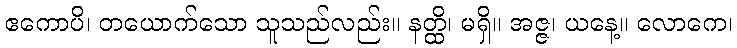
ဧကောပိ၊ တယောက်သော သူသည်လည်း။ နတ္ထိ၊ မရှိ။ အဇ္ဇ၊ ယနေ့။ လောကေ၊